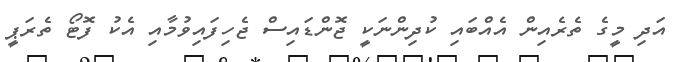
އަދި މީގެ ތެރެއިން އެއްބައި ކުދިންނަކީ ޖޮންޑައިސް ޖެހިފައިވުމާއި އެކު ފޮޓޯ ތެރަޕީ